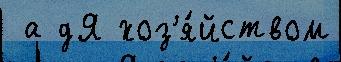
 а дЯ хоз'я́йством